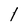
Character: l